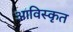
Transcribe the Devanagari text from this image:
आविस्कृत